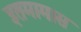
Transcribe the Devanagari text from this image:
इतमामास